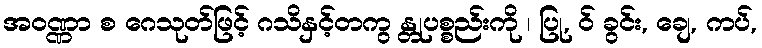
အဝဏ္ဏာ စ ဂေသုတ်ဖြင့် ဂသိနှင့်တကွ န္တုပစ္စည်းကို ၊ ပြု, ဝ် ခွင်း, ချေ, ကပ်,